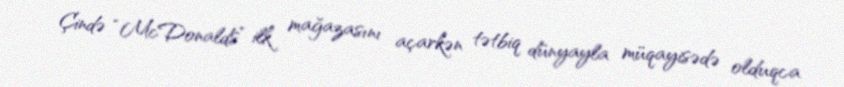
Çində “McDonalds” ilk mağazasını açarkən tətbiq dünyayla müqayisədə olduqca